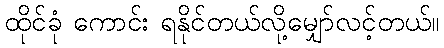
ထိုင်ခုံ ကောင်း ရနိုင်တယ်လို့မျှော်လင့်တယ်။